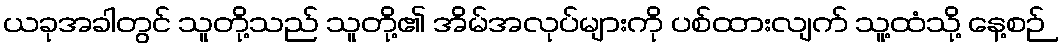
ယခုအခါတွင် သူတို့သည် သူတို့၏ အိမ်အလုပ်များကို ပစ်ထားလျက် သူ့ထံသို့ နေ့စဉ်